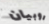
روبيان